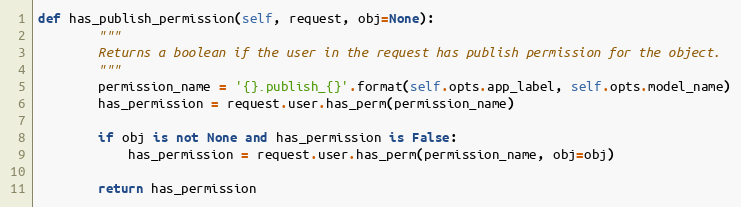
Language: Python
def has_publish_permission(self, request, obj=None):
        """
        Returns a boolean if the user in the request has publish permission for the object.
        """
        permission_name = '{}.publish_{}'.format(self.opts.app_label, self.opts.model_name)
        has_permission = request.user.has_perm(permission_name)

        if obj is not None and has_permission is False:
            has_permission = request.user.has_perm(permission_name, obj=obj)

        return has_permission